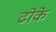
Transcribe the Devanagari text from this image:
ढोके